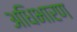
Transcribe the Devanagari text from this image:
अधिभारण